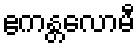
ဧကန္တလောမီ